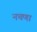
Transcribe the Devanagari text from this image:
नचणा